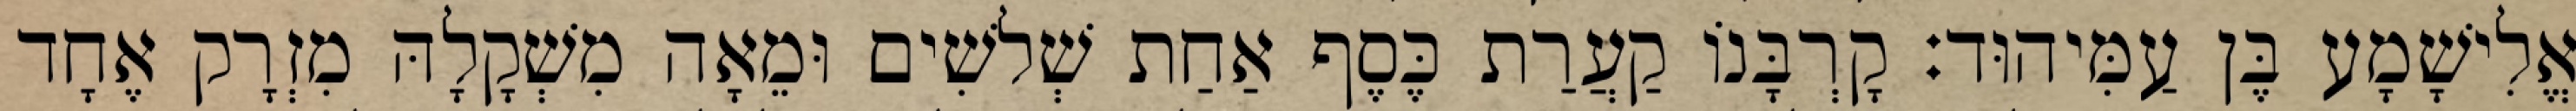
אֱלִישָׁמָע בֶּן עַמִּיהוּד׃ קָרְבָּנוֹ קַעֲרַת כֶּסֶף אַחַת שְׁלשִׁים וּמֵאָה מִשְׁקָלָהּ מִזְרָק אֶחָד